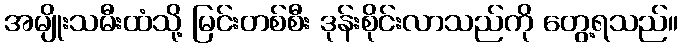
အမျိုးသမီးထံသို့ မြင်းတစ်စီး ဒုန်းစိုင်းလာသည်ကို တွေ့ရသည်။